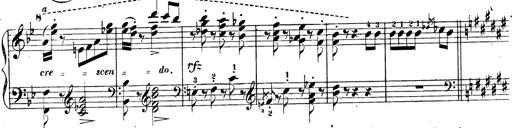
Title: 3 Caprices-Valses
Composer: Franz Liszt